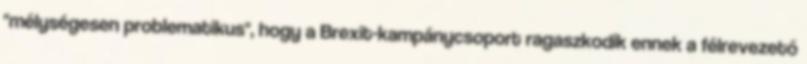
"mélységesen problematikus", hogy a Brexit-kampánycsoport ragaszkodik ennek a félrevezető